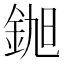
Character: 𮡵